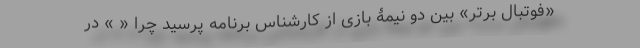
«فوتبال برتر» بین دو نیمۀ بازی از کارشناس برنامه پرسید چرا « » در